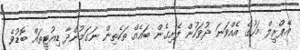
އޭޕްރީލް މަހުގެ އެއްވަނަ ދުވަހުން ފެށިގެން ބައެއް ތަކެތިން ނަގަމުންދާ ޑިއުޓީތައް ބޮޑުވެ